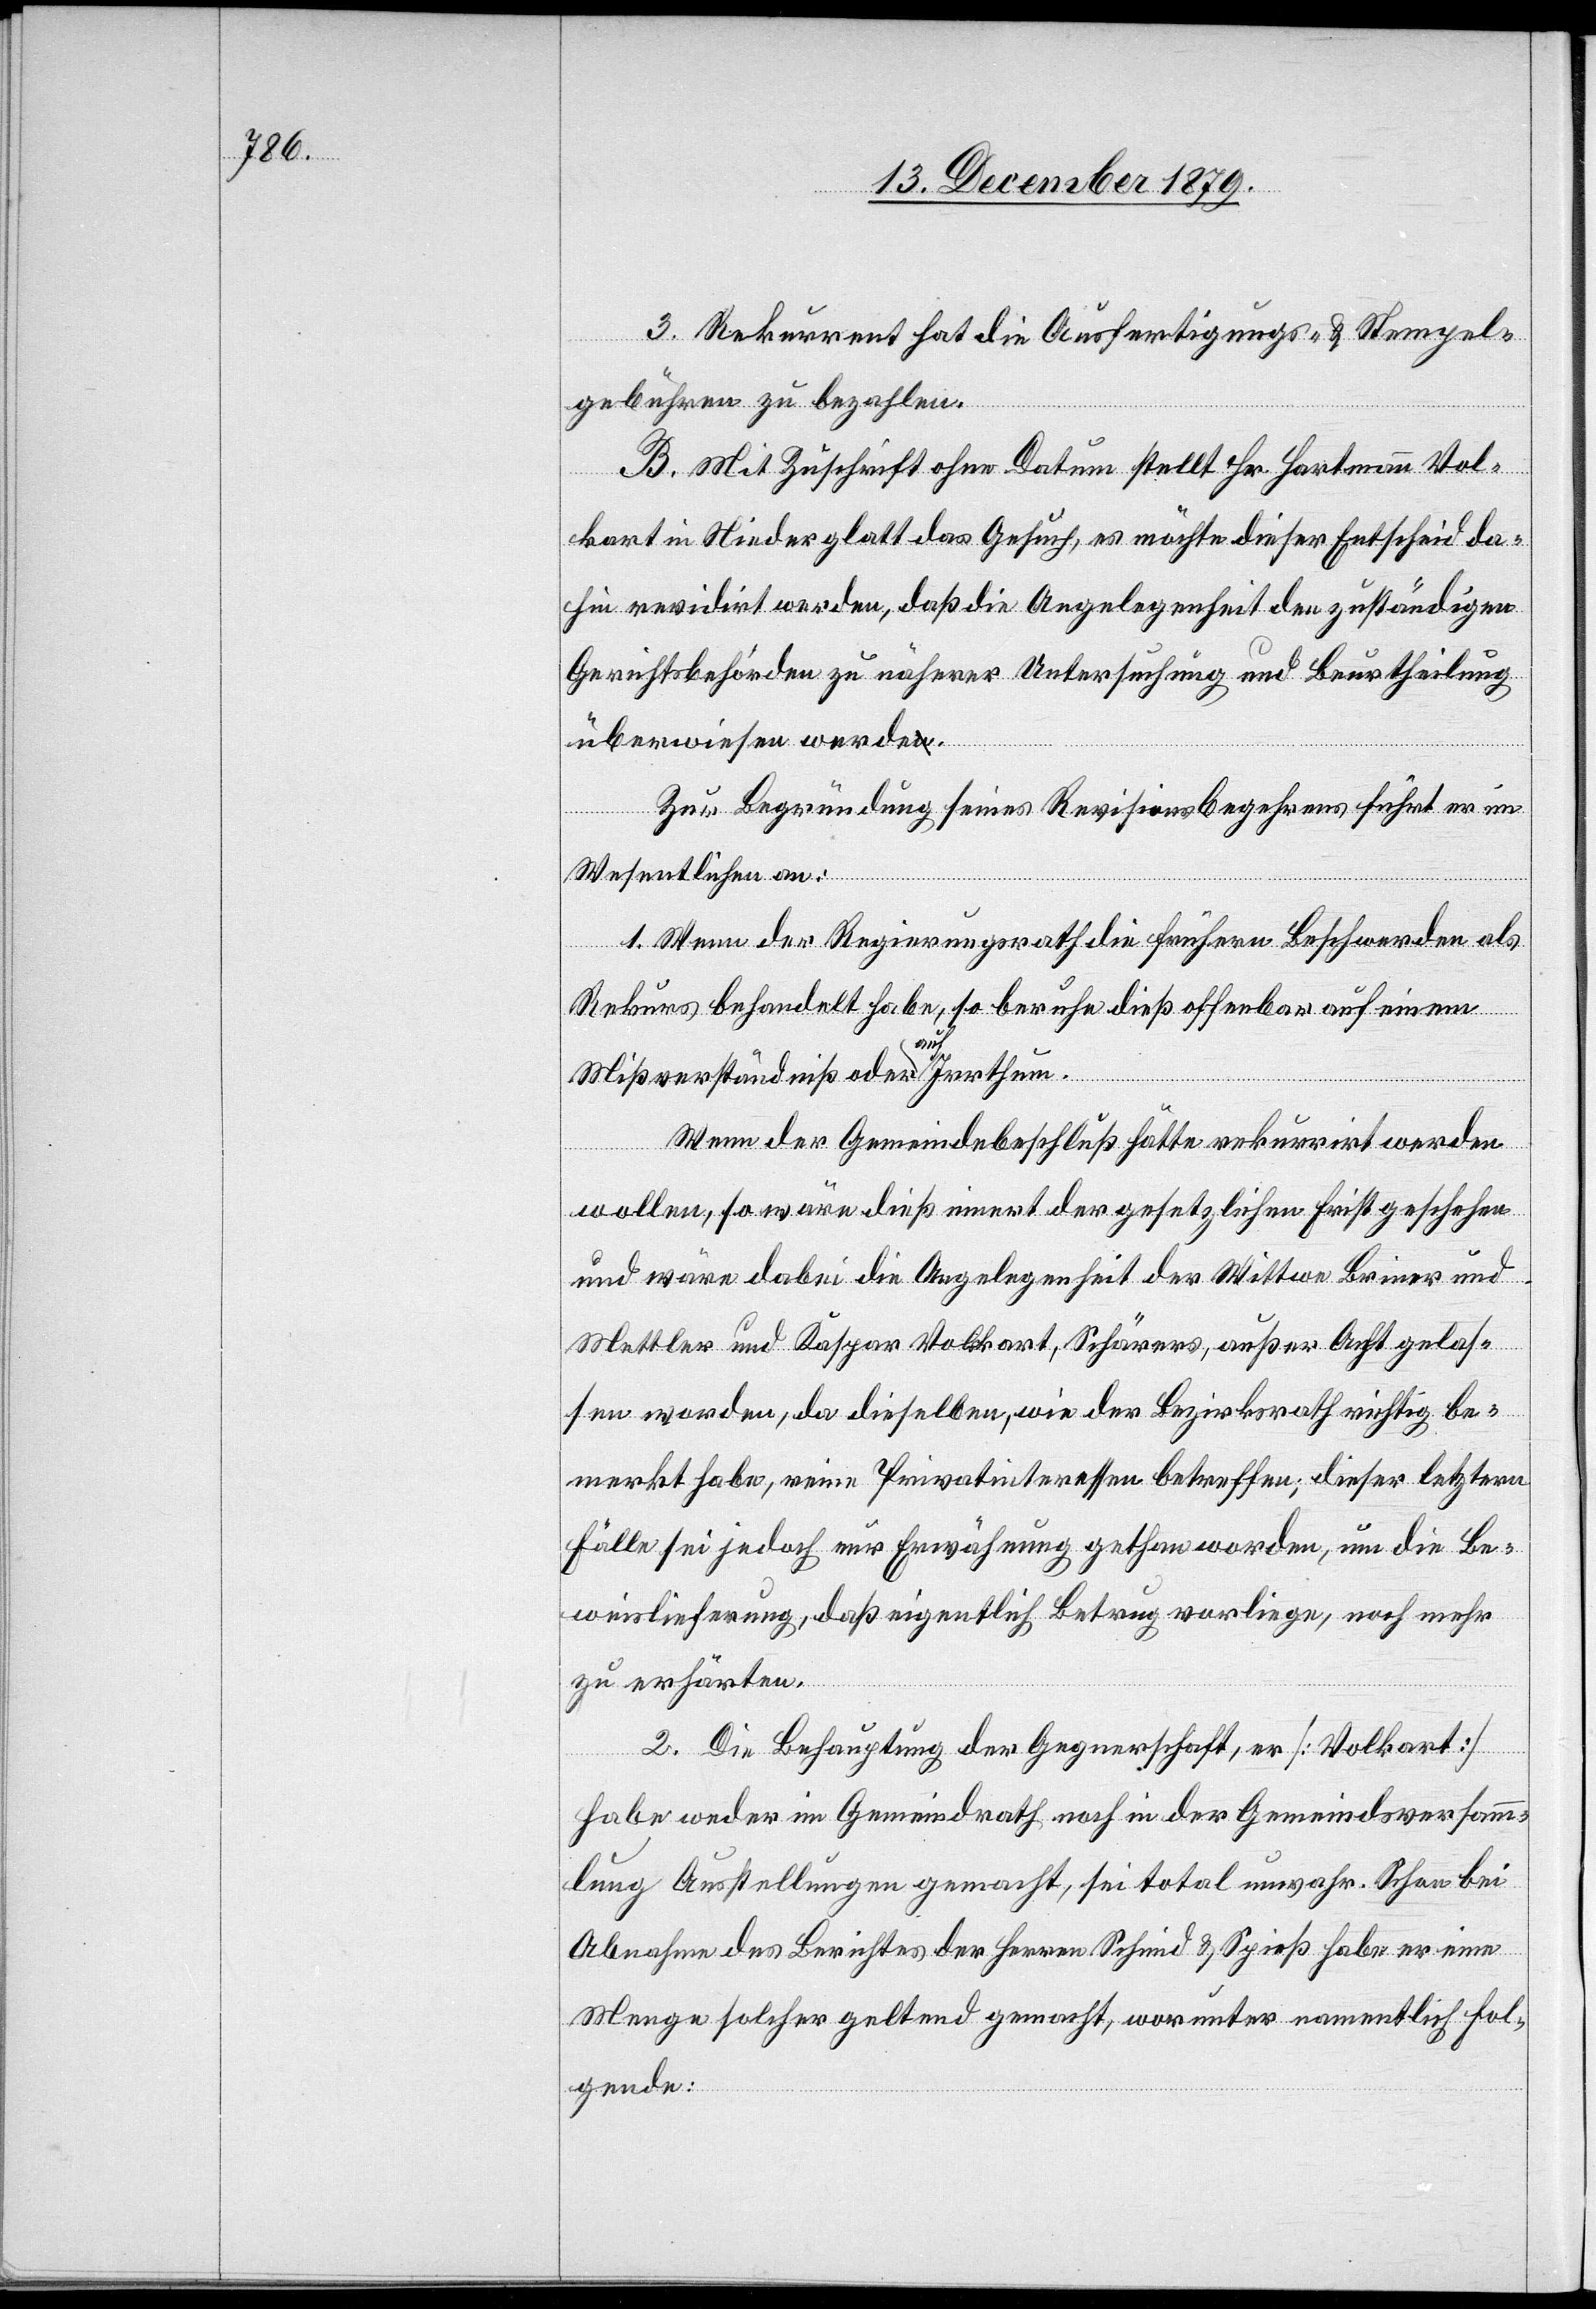
3. Rekurrent hat die Ausfertigungs- & Stempel¬
gebühren zu bezahlen.
B. Mit Zuschrift ohne Datum stellt Hr. Hartmann Vol¬
kart in Niederglatt das Gesuch, es möchte dieser Entscheid da¬
hin revidirt werden, daß die Angelegenheit den zuständigen
Gerichtsbehörden zu näherer Untersuchung und Beurtheilung
überwiesen werde.
Zur Begründung seines Revisionsbegehrens führt er im
Wesentlichen an:
1. Wenn der Regierungsrath die frühern Beschwerden als
Rekurs behandelt habe, so beruhe dieß offenbar auf einem
Mißverständniß oder auch Irrthum.
Wenn der Gemeindebeschluß hätte rekurrirt werden
wollen, so wäre dieß innert der gesetzlichen Frist geschehen
und wäre dabei die Angelegenheit der Wittwe Briner und
Mettler und Kaspar Volkart, Schärer, außer Acht gelas¬
sen worden, da dieselben, wie der Bezirksrath richtig be¬
merkt habe, reine Privatinteressen betreffen; dieser letzten
Fälle sei jedoch nur Erwähnung gethan worden, um die Be¬
weislieferung, daß eigentlich Betrug vorliege, noch mehr
zu erhärten.
2. Die Behauptung der Gegnerschaft, er [Volkart]
habe weder im Gemeindrath noch in der Gemeindsversamm¬
lung Ausstellungen gemacht, sei total unwahr. Schon bei
Abnahme des Berichtes der Herren Schmid & Spieß habe er eine
Menge solcher geltend gemacht, worunter namentlich fol¬
gende: